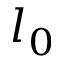
l _ { 0 }